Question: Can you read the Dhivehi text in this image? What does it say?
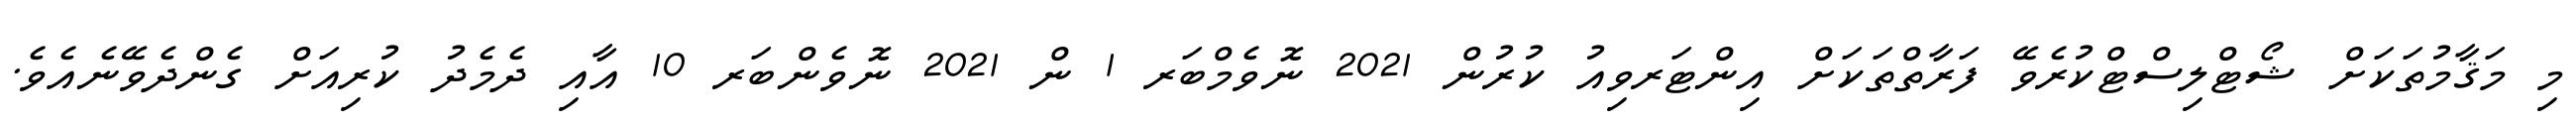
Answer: މި މަޤާމުތަކަށް ޝޯޓްލިސްޓްކުރެވޭ ފަރާތްތަކަށް އިންޓަރވިއު ކުރުން 2021 ނޮވެމްބަރ 1 ން 2021 ނޮވެންބަރ 10 އާއި ދެމެދު ކުރިއަށް ގެންދެވޭނެއެވެ.